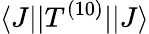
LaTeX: \langle J||T^{(10)}||J\rangle